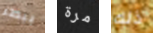
ببطء مرة ذلك